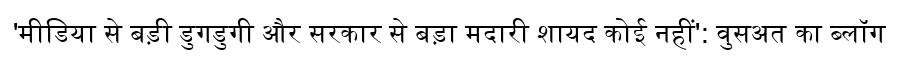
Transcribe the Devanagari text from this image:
'मीडिया से बड़ी डुगडुगी और सरकार से बड़ा मदारी शायद कोई नहीं': वुसअत का ब्लॉग